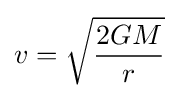
v={\sqrt {\frac {2GM}{r}}}\,\!